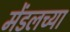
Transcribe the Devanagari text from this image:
मेंडलच्या